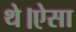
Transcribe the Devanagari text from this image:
थे।ऐसा